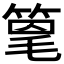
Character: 𫂌